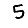
Digit: 5